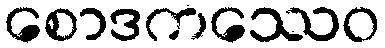
စောဒကဿေဝ